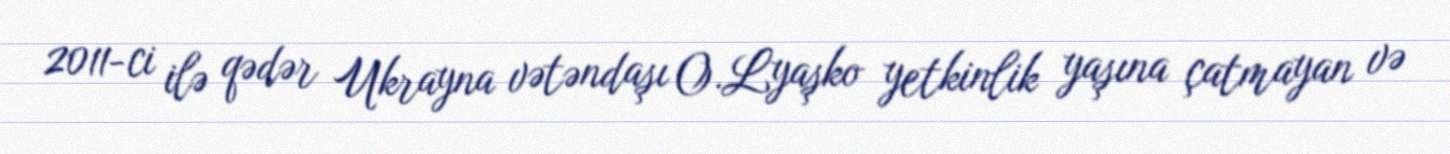
2011-ci ilə qədər Ukrayna vətəndaşı O.Lyaşko yetkinlik yaşına çatmayan və